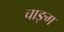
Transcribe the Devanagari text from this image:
चाङ्ग